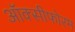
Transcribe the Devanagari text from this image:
ऑक्सीफोरम